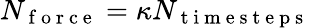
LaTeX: N_{\mathrm{~f~o~r~c~e~}}=\kappa N_{\mathrm{~t~i~m~e~s~t~e~p~s~}}